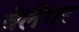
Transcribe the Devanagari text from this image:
बेलैंगर